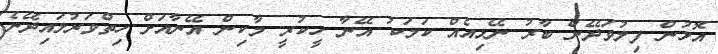
އޮޅުން ފިލުވަދޭން ބާރު ނޭޅިއެއް ކަމަކު އޭނާ ހީކުރީ މާކިން އޭނާއަށް ހިތްވަރުލައިދޭނެ